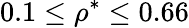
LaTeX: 0.1\le\rho^{*}\le 0.66